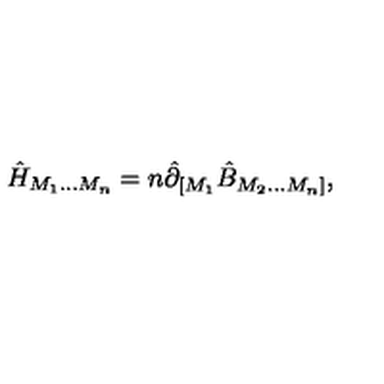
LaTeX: \hat { H } _ { M _ { 1 } \ldots M _ { n } } = n \hat { \partial } _ { [ M _ { 1 } } \hat { B } _ { M _ { 2 } \ldots M _ { n } ] } ,